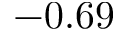
- 0 . 6 9